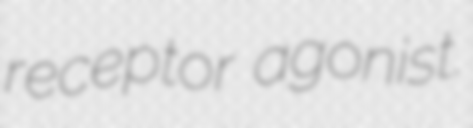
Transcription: receptor agonist.